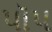
પૉપ